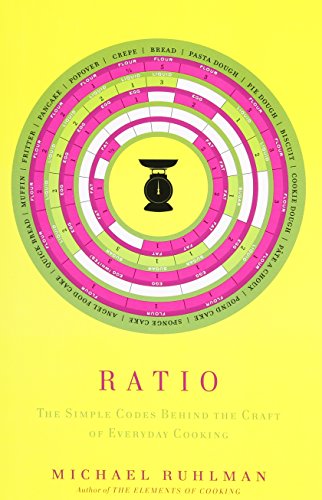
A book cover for Ratio: The Simple Codes Behind the Craft of Everyday Cooking; Michael Ruhlman; Reference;